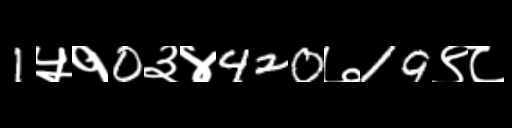
Text: 1५१0३४420७19९८